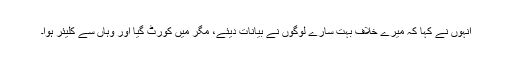
انہوں نے کہا کہ میرے خلاف بہت سارے لوگوں نے بیانات دیئے، مگر میں کورٹ گیا اور وہاں سے کلیئر ہوا۔